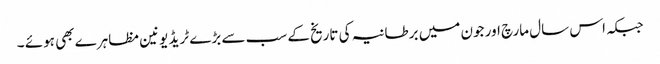
جبکہ اس سال مارچ اور جون میں برطانیہ کی تاریخ کے سب سے بڑے ٹریڈ یونین مظاہرے بھی ہوئے ۔